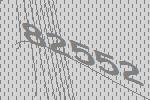
82552